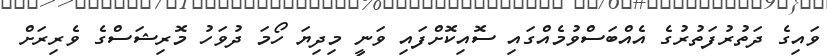
ވައިގެ ދަތުރުފަތުރުގެ އެއްބަސްވުމެއްގައި ސޮއިކޮށްފައި ވަނީ މިދިޔަ ހޯމަ ދުވަހު މޮރިޝަސްގެ ވެރިރަށް